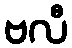
ဗလီ